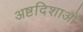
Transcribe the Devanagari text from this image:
अष्टदिशाओं